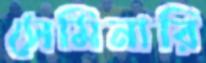
সেমিনারি